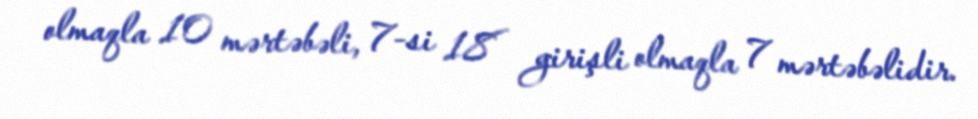
olmaqla 10 mərtəbəli, 7-si 18 girişli olmaqla 7 mərtəbəlidir.